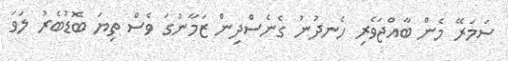
ސަމަރޭ މެން ބާއްޖަވެރި ހެނދުނު ގެނެސްދިން ޒަމާނުގަ ވެސް ތިޔަ ބޮޑުބެރު ލަވަ